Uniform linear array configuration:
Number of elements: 12
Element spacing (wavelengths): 0.25
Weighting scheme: kaiser
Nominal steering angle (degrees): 60
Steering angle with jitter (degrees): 59.659
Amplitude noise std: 0.05
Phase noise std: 0.05

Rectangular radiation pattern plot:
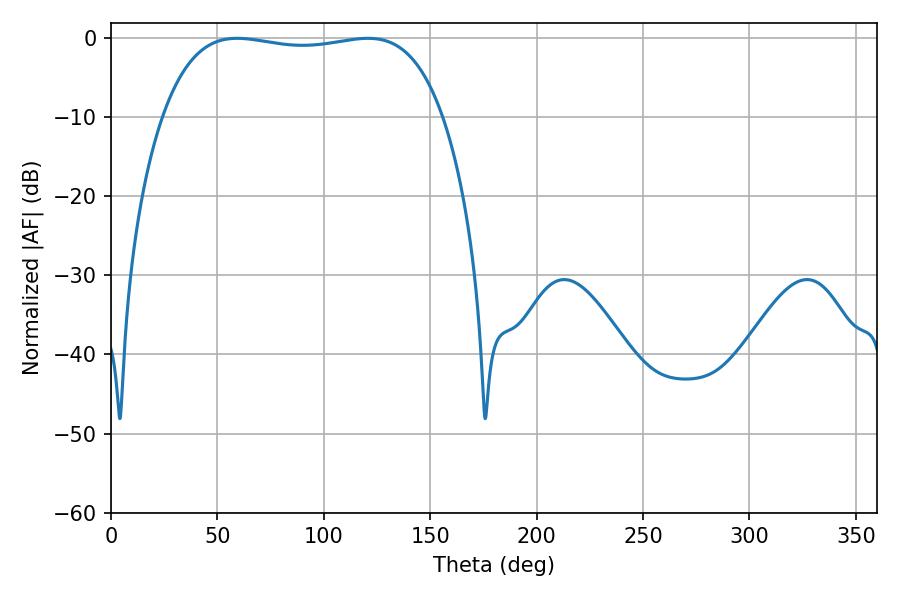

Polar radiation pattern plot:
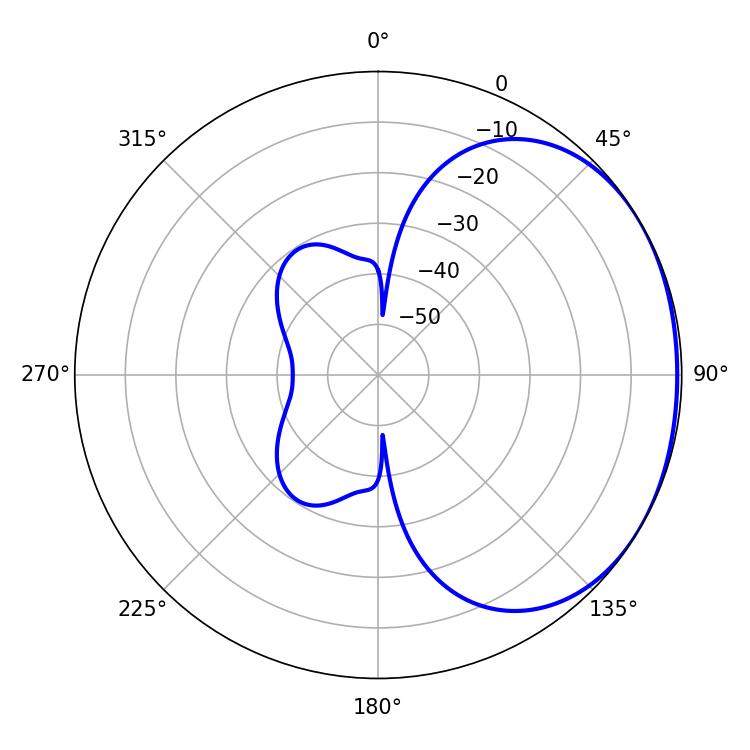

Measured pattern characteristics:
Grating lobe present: FALSE
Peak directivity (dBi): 1.331
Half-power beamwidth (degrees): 105.48
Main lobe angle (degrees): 59.22